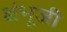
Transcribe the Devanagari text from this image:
शंभूजी